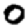
Digit: 0